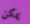
يمكن